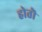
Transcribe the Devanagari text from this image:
होतॊ